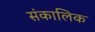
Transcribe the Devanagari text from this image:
संकालिक